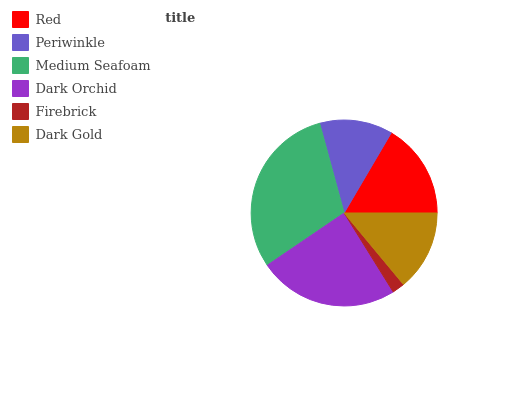
| Red | Periwinkle | Medium Seafoam | Dark Orchid | Firebrick | Dark Gold |
 | --- | --- | --- | --- | --- | --- |
 | 16.6% | 12.7% | 30.2% | 24.4% | 2.16% | 14% |